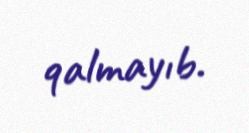
qalmayıb.